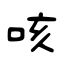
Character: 咳